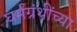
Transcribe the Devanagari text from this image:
घर्मग्रंथींच्या